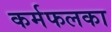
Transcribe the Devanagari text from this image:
कर्मफलका